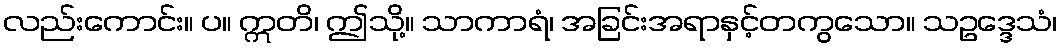
လည်းကောင်း။ ပ။ ဣတိ၊ ဤသို့။ သာကာရံ၊ အခြင်းအရာနှင့်တကွသော။ သဥဒ္ဒေသံ၊